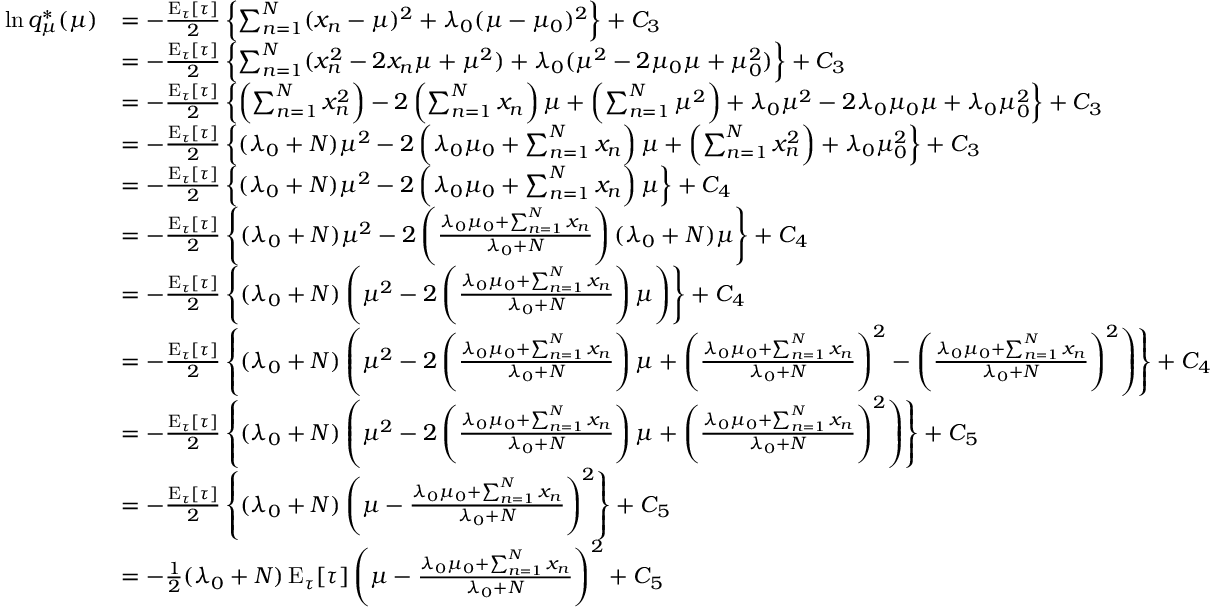
{ \begin{array} { r l } { \ln q _ { \mu } ^ { * } ( \mu ) } & { = - { \frac { \operatorname { E } _ { \tau } [ \tau ] } { 2 } } \left\{ \sum _ { n = 1 } ^ { N } ( x _ { n } - \mu ) ^ { 2 } + \lambda _ { 0 } ( \mu - \mu _ { 0 } ) ^ { 2 } \right\} + C _ { 3 } } \\ & { = - { \frac { \operatorname { E } _ { \tau } [ \tau ] } { 2 } } \left\{ \sum _ { n = 1 } ^ { N } ( x _ { n } ^ { 2 } - 2 x _ { n } \mu + \mu ^ { 2 } ) + \lambda _ { 0 } ( \mu ^ { 2 } - 2 \mu _ { 0 } \mu + \mu _ { 0 } ^ { 2 } ) \right\} + C _ { 3 } } \\ & { = - { \frac { \operatorname { E } _ { \tau } [ \tau ] } { 2 } } \left\{ \left( \sum _ { n = 1 } ^ { N } x _ { n } ^ { 2 } \right) - 2 \left( \sum _ { n = 1 } ^ { N } x _ { n } \right) \mu + \left( \sum _ { n = 1 } ^ { N } \mu ^ { 2 } \right) + \lambda _ { 0 } \mu ^ { 2 } - 2 \lambda _ { 0 } \mu _ { 0 } \mu + \lambda _ { 0 } \mu _ { 0 } ^ { 2 } \right\} + C _ { 3 } } \\ & { = - { \frac { \operatorname { E } _ { \tau } [ \tau ] } { 2 } } \left\{ ( \lambda _ { 0 } + N ) \mu ^ { 2 } - 2 \left( \lambda _ { 0 } \mu _ { 0 } + \sum _ { n = 1 } ^ { N } x _ { n } \right) \mu + \left( \sum _ { n = 1 } ^ { N } x _ { n } ^ { 2 } \right) + \lambda _ { 0 } \mu _ { 0 } ^ { 2 } \right\} + C _ { 3 } } \\ & { = - { \frac { \operatorname { E } _ { \tau } [ \tau ] } { 2 } } \left\{ ( \lambda _ { 0 } + N ) \mu ^ { 2 } - 2 \left( \lambda _ { 0 } \mu _ { 0 } + \sum _ { n = 1 } ^ { N } x _ { n } \right) \mu \right\} + C _ { 4 } } \\ & { = - { \frac { \operatorname { E } _ { \tau } [ \tau ] } { 2 } } \left\{ ( \lambda _ { 0 } + N ) \mu ^ { 2 } - 2 \left( { \frac { \lambda _ { 0 } \mu _ { 0 } + \sum _ { n = 1 } ^ { N } x _ { n } } { \lambda _ { 0 } + N } } \right) ( \lambda _ { 0 } + N ) \mu \right\} + C _ { 4 } } \\ & { = - { \frac { \operatorname { E } _ { \tau } [ \tau ] } { 2 } } \left\{ ( \lambda _ { 0 } + N ) \left( \mu ^ { 2 } - 2 \left( { \frac { \lambda _ { 0 } \mu _ { 0 } + \sum _ { n = 1 } ^ { N } x _ { n } } { \lambda _ { 0 } + N } } \right) \mu \right) \right\} + C _ { 4 } } \\ & { = - { \frac { \operatorname { E } _ { \tau } [ \tau ] } { 2 } } \left\{ ( \lambda _ { 0 } + N ) \left( \mu ^ { 2 } - 2 \left( { \frac { \lambda _ { 0 } \mu _ { 0 } + \sum _ { n = 1 } ^ { N } x _ { n } } { \lambda _ { 0 } + N } } \right) \mu + \left( { \frac { \lambda _ { 0 } \mu _ { 0 } + \sum _ { n = 1 } ^ { N } x _ { n } } { \lambda _ { 0 } + N } } \right) ^ { 2 } - \left( { \frac { \lambda _ { 0 } \mu _ { 0 } + \sum _ { n = 1 } ^ { N } x _ { n } } { \lambda _ { 0 } + N } } \right) ^ { 2 } \right) \right\} + C _ { 4 } } \\ & { = - { \frac { \operatorname { E } _ { \tau } [ \tau ] } { 2 } } \left\{ ( \lambda _ { 0 } + N ) \left( \mu ^ { 2 } - 2 \left( { \frac { \lambda _ { 0 } \mu _ { 0 } + \sum _ { n = 1 } ^ { N } x _ { n } } { \lambda _ { 0 } + N } } \right) \mu + \left( { \frac { \lambda _ { 0 } \mu _ { 0 } + \sum _ { n = 1 } ^ { N } x _ { n } } { \lambda _ { 0 } + N } } \right) ^ { 2 } \right) \right\} + C _ { 5 } } \\ & { = - { \frac { \operatorname { E } _ { \tau } [ \tau ] } { 2 } } \left\{ ( \lambda _ { 0 } + N ) \left( \mu - { \frac { \lambda _ { 0 } \mu _ { 0 } + \sum _ { n = 1 } ^ { N } x _ { n } } { \lambda _ { 0 } + N } } \right) ^ { 2 } \right\} + C _ { 5 } } \\ & { = - { \frac { 1 } { 2 } } ( \lambda _ { 0 } + N ) \operatorname { E } _ { \tau } [ \tau ] \left( \mu - { \frac { \lambda _ { 0 } \mu _ { 0 } + \sum _ { n = 1 } ^ { N } x _ { n } } { \lambda _ { 0 } + N } } \right) ^ { 2 } + C _ { 5 } } \end{array} }